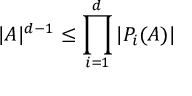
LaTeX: | A | ^ { d - 1 } \leq \prod _ { i = 1 } ^ { d } | P _ { i } ( A ) |